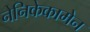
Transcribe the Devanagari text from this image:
नेनिकेकामेन